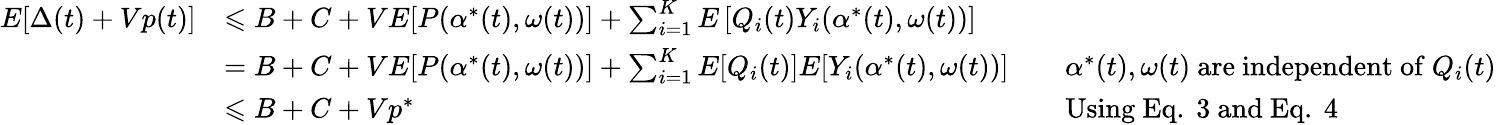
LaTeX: {\begin{array}{rlrl}{E[\Delta(t)+Vp(t)]}&{\leqslant B+C+VE[P(\alpha^{*}(t),\omega(t))]+\sum_{i=1}^{K}E\left[Q_{i}(t)Y_{i}(\alpha^{*}(t),\omega(t))\right]}\\ &{=B+C+VE[P(\alpha^{*}(t),\omega(t))]+\sum_{i=1}^{K}E[Q_{i}(t)]E[Y_{i}(\alpha^{*}(t),\omega(t))]}&&{\alpha^{*}(t),\omega(t){\mathrm{~are~independent~of~}}Q_{i}(t)}\\ &{\leqslant B+C+Vp^{*}}&&{{\mathrm{Using~Eq.~3~and~Eq.~4}}}\end{array}}